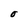
Character: O